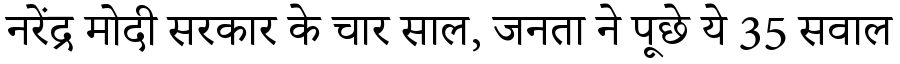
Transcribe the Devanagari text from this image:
नरेंद्र मोदी सरकार के चार साल, जनता ने पूछे ये 35 सवाल